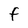
Character: f